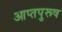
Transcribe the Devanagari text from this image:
आप्तपुरूष